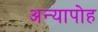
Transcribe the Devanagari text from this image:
अन्यापोह